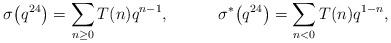
LaTeX: \begin{align*} \sigma\big(q^{24}\big)=\sum_{n\geq0}T(n)q^{n-1},\quad\quad\quad\sigma^*\big(q^{24}\big)=\sum_{n<0}T(n)q^{1-n},\end{align*}